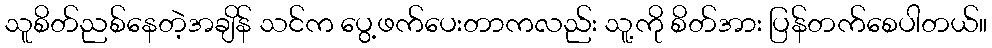
သူစိတ်ညစ်နေတဲ့အချိန် သင်က ပွေ့ဖက်ပေးတာကလည်း သူ့ကို စိတ်အား ပြန်တက်စေပါတယ်။